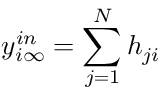
y _ { i \infty } ^ { i n } = \sum _ { j = 1 } ^ { N } h _ { j i }